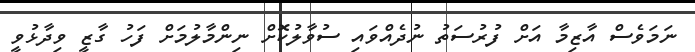
ނަމަވެސް އާޒިމާ އަށް ފުރުސަތު ނުދެއްވައި ސުވާލުކޮށް ނިންމާލުމަށް ފަހު ގާޒީ ވިދާޅުވީ